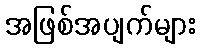
အဖြစ်အပျက်များ